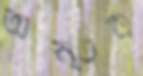
অন্তক